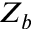
Z _ { b }